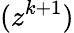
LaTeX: (z^{k+1})